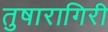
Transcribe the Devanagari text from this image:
तुषारागिरी